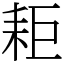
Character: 耟